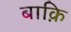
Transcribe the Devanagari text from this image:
बाक़ि